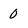
Character: 0